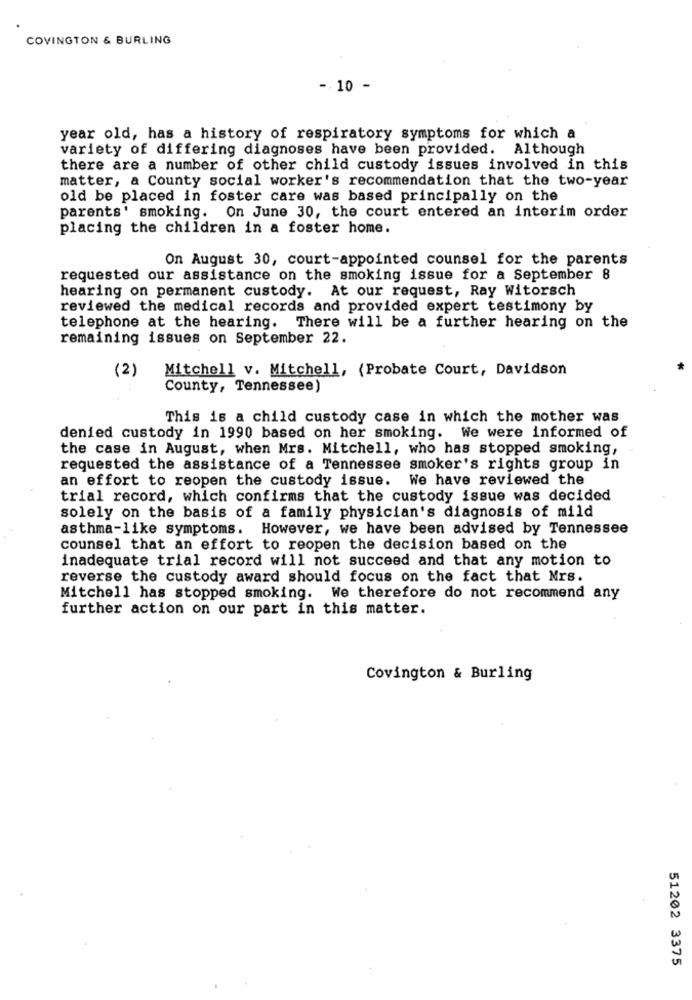
COVINGTON & BURLING
-. 10 -
year old, has a history of respiratory symptoms for which a
variety of differing diagnoses have been provided. Although
there are a number of other child custody issues involved in this
matter, a County social worker's recommendation that the two-year
old be placed in foster care was based principally on the
parents' smoking. On June 30, the court entered an interim order
placing the children in a foster home.
On August 30, court-appointed counsel for the parents
requested our assistance on the smoking issue for a September 8
hearing on permanent custody. At our request, Ray Witorsch
reviewed the medical records and provided expert testimony by
telephone at the hearing. There will be a further hearing on the
remaining issues on September 22.
Mitchell v. Mitchell, (Probate Court, Davidson
(2)
County, Tennessee)
This is a child custody case in which the mother was
denied custody in 1990 based on her smoking. We were informed of
the case in August, when Mrs. Mitchell, who has stopped smoking,
requested the assistance of a Tennessee smoker's rights group in
an effort to reopen the custody issue. We have reviewed the
trial record, which confirms that the custody issue was decided
solely on the basis of a family physician's diagnosis of mild
asthma-like symptoms. However, we have been advised by Tennessee
counsel that an effort to reopen the decision based on the
inadequate trial record will not succeed and that any motion to
reverse the custody award should focus on the fact that Mrs.
Mitchell has stopped smoking. We therefore do not recommend any
further action on our part in this matter.
Covington & Burling
51202 3375